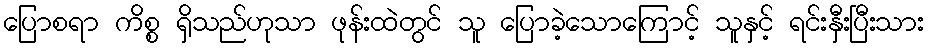
ပြောစရာ ကိစ္စ ရှိသည်ဟုသာ ဖုန်းထဲတွင် သူ ပြောခဲ့သောကြောင့် သူနှင့် ရင်းနှီးပြီးသား